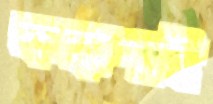
কঙ্কণাই